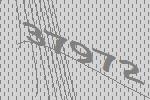
37972